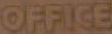
OFFICE